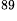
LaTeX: ^\textrm{\scriptsize 89}